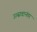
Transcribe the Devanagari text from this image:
उत्सवानंतर